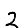
Digit: 2